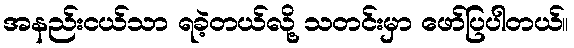
အနည်းငယ်သာ ရခဲ့တယ်လို့ သတင်းမှာ ဖော်ပြပါတယ်။